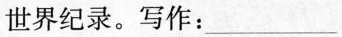
世界记录。写作:___